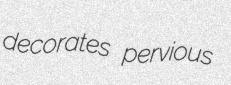
decorates pervious